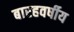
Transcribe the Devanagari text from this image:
बारहवर्षीय